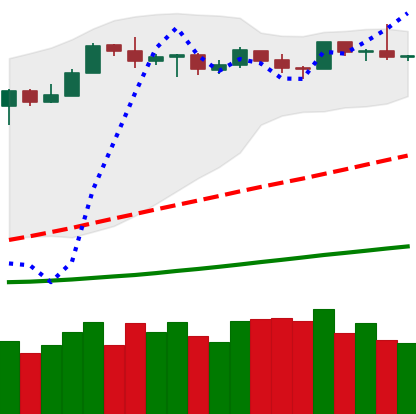
Ticker: LTC-USD
Chart end date: 2019-03-31
Forward return: 45.959%
Label: up_7plus